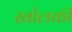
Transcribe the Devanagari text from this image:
खोलकी